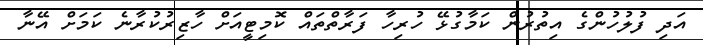
އަދި ފުލުހުންގެ އިތުރުން ކަމާގުޅޭ ހުރިހާ ފަރާތްތައް ކޮމިޓީއަށް ހާޒިރުކުރާނެ ކަމަށް އޭނާ